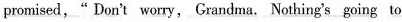
promised,“Don't worry, Grandma, Nothing's going to